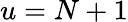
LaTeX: u=N+1